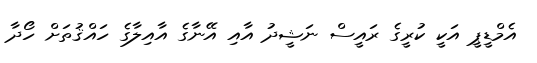
އެމްޑީޕީ އަކީ ކުރީގެ ރައީސް ނަޝީދު އާއި އޭނާގެ އާއިލާގެ ހައްޤުތަށް ހޯދާ